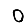
Digit: 0